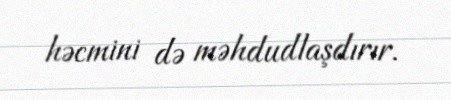
həcmini də məhdudlaşdırır.